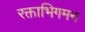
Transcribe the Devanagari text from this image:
रक्ताभिगमन